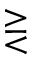
\gtreqless